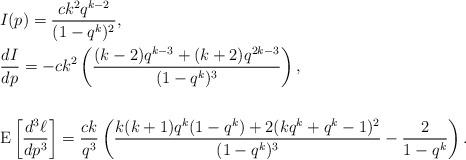
LaTeX: \begin{align*}&I(p) = \frac{ck^2q^{k - 2}}{(1 - q^k)^2}, \\&\frac{dI}{dp} = -ck^2\left(\frac{(k - 2)q^{k-3} + (k + 2)q^{2k - 3}}{(1 - q^k)^3}\right), \\ \\&\mathrm{E}\left[\frac{d^3\ell}{dp^3}\right] = \frac{ck}{q^3}\left(\frac{k(k + 1)q^k(1 - q^k) + 2(kq^k + q^k - 1)^2}{(1 - q^k)^3} - \frac{2}{1 - q^k}\right).\end{align*}